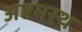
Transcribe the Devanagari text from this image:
अष्टमस्थ